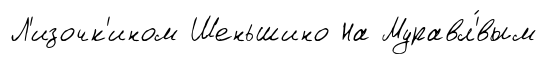
Л'изочк'ином Шеньшино На Муравл'́вым